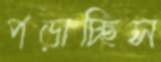
পড়াচ্ছিস